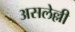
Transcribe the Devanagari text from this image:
असलेल्ली